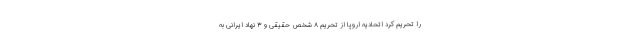
را تحریم کرد اتحادیه اروپا از تحریم ۸ شخص حقیقی و ۳ نهاد ایرانی به